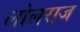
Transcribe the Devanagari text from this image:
लोलराज